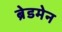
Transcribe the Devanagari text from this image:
ब्रेडमेन